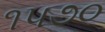
૧૫૭૦